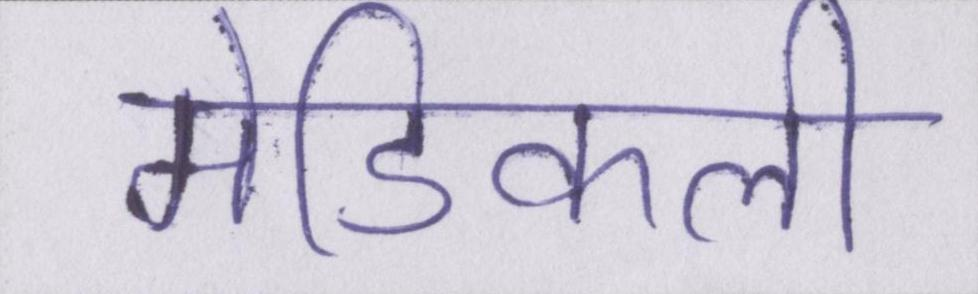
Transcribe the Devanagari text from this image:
मेडिकली